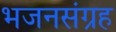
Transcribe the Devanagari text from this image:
भजनसंग्रह